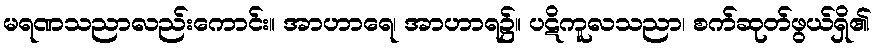
မရဏသညာလည်းကောင်း။ အာဟာရေ၊ အာဟာရ၌။ ပဋိကူလသညာ၊ စက်ဆုတ်ဖွယ်ရှိ၏